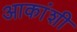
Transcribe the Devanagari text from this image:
आकांशी